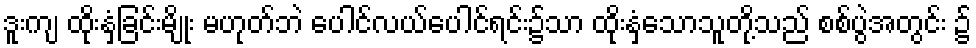
ဒူးကျ ထိုးနှံခြင်းမျိုး မဟုတ်ဘဲ ပေါင်လယ်ပေါင်ရင်း၌သာ ထိုးနှံသောသူတို့သည် စစ်ပွဲအတွင်း ၌